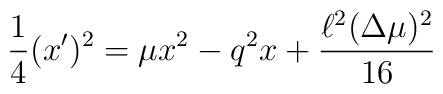
\frac{1}{4}(x')^2=\mu x^2-q^2 x+\frac{\ell^2(\Delta\mu)^2}{16}